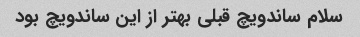
سلام ساندویچ قبلی بهتر از این ساندویچ بود